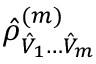
\hat { \rho } _ { \hat { V } _ { 1 } \hdots \hat { V } _ { m } } ^ { ( m ) }